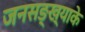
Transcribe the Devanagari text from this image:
जनसङ्ख्याके